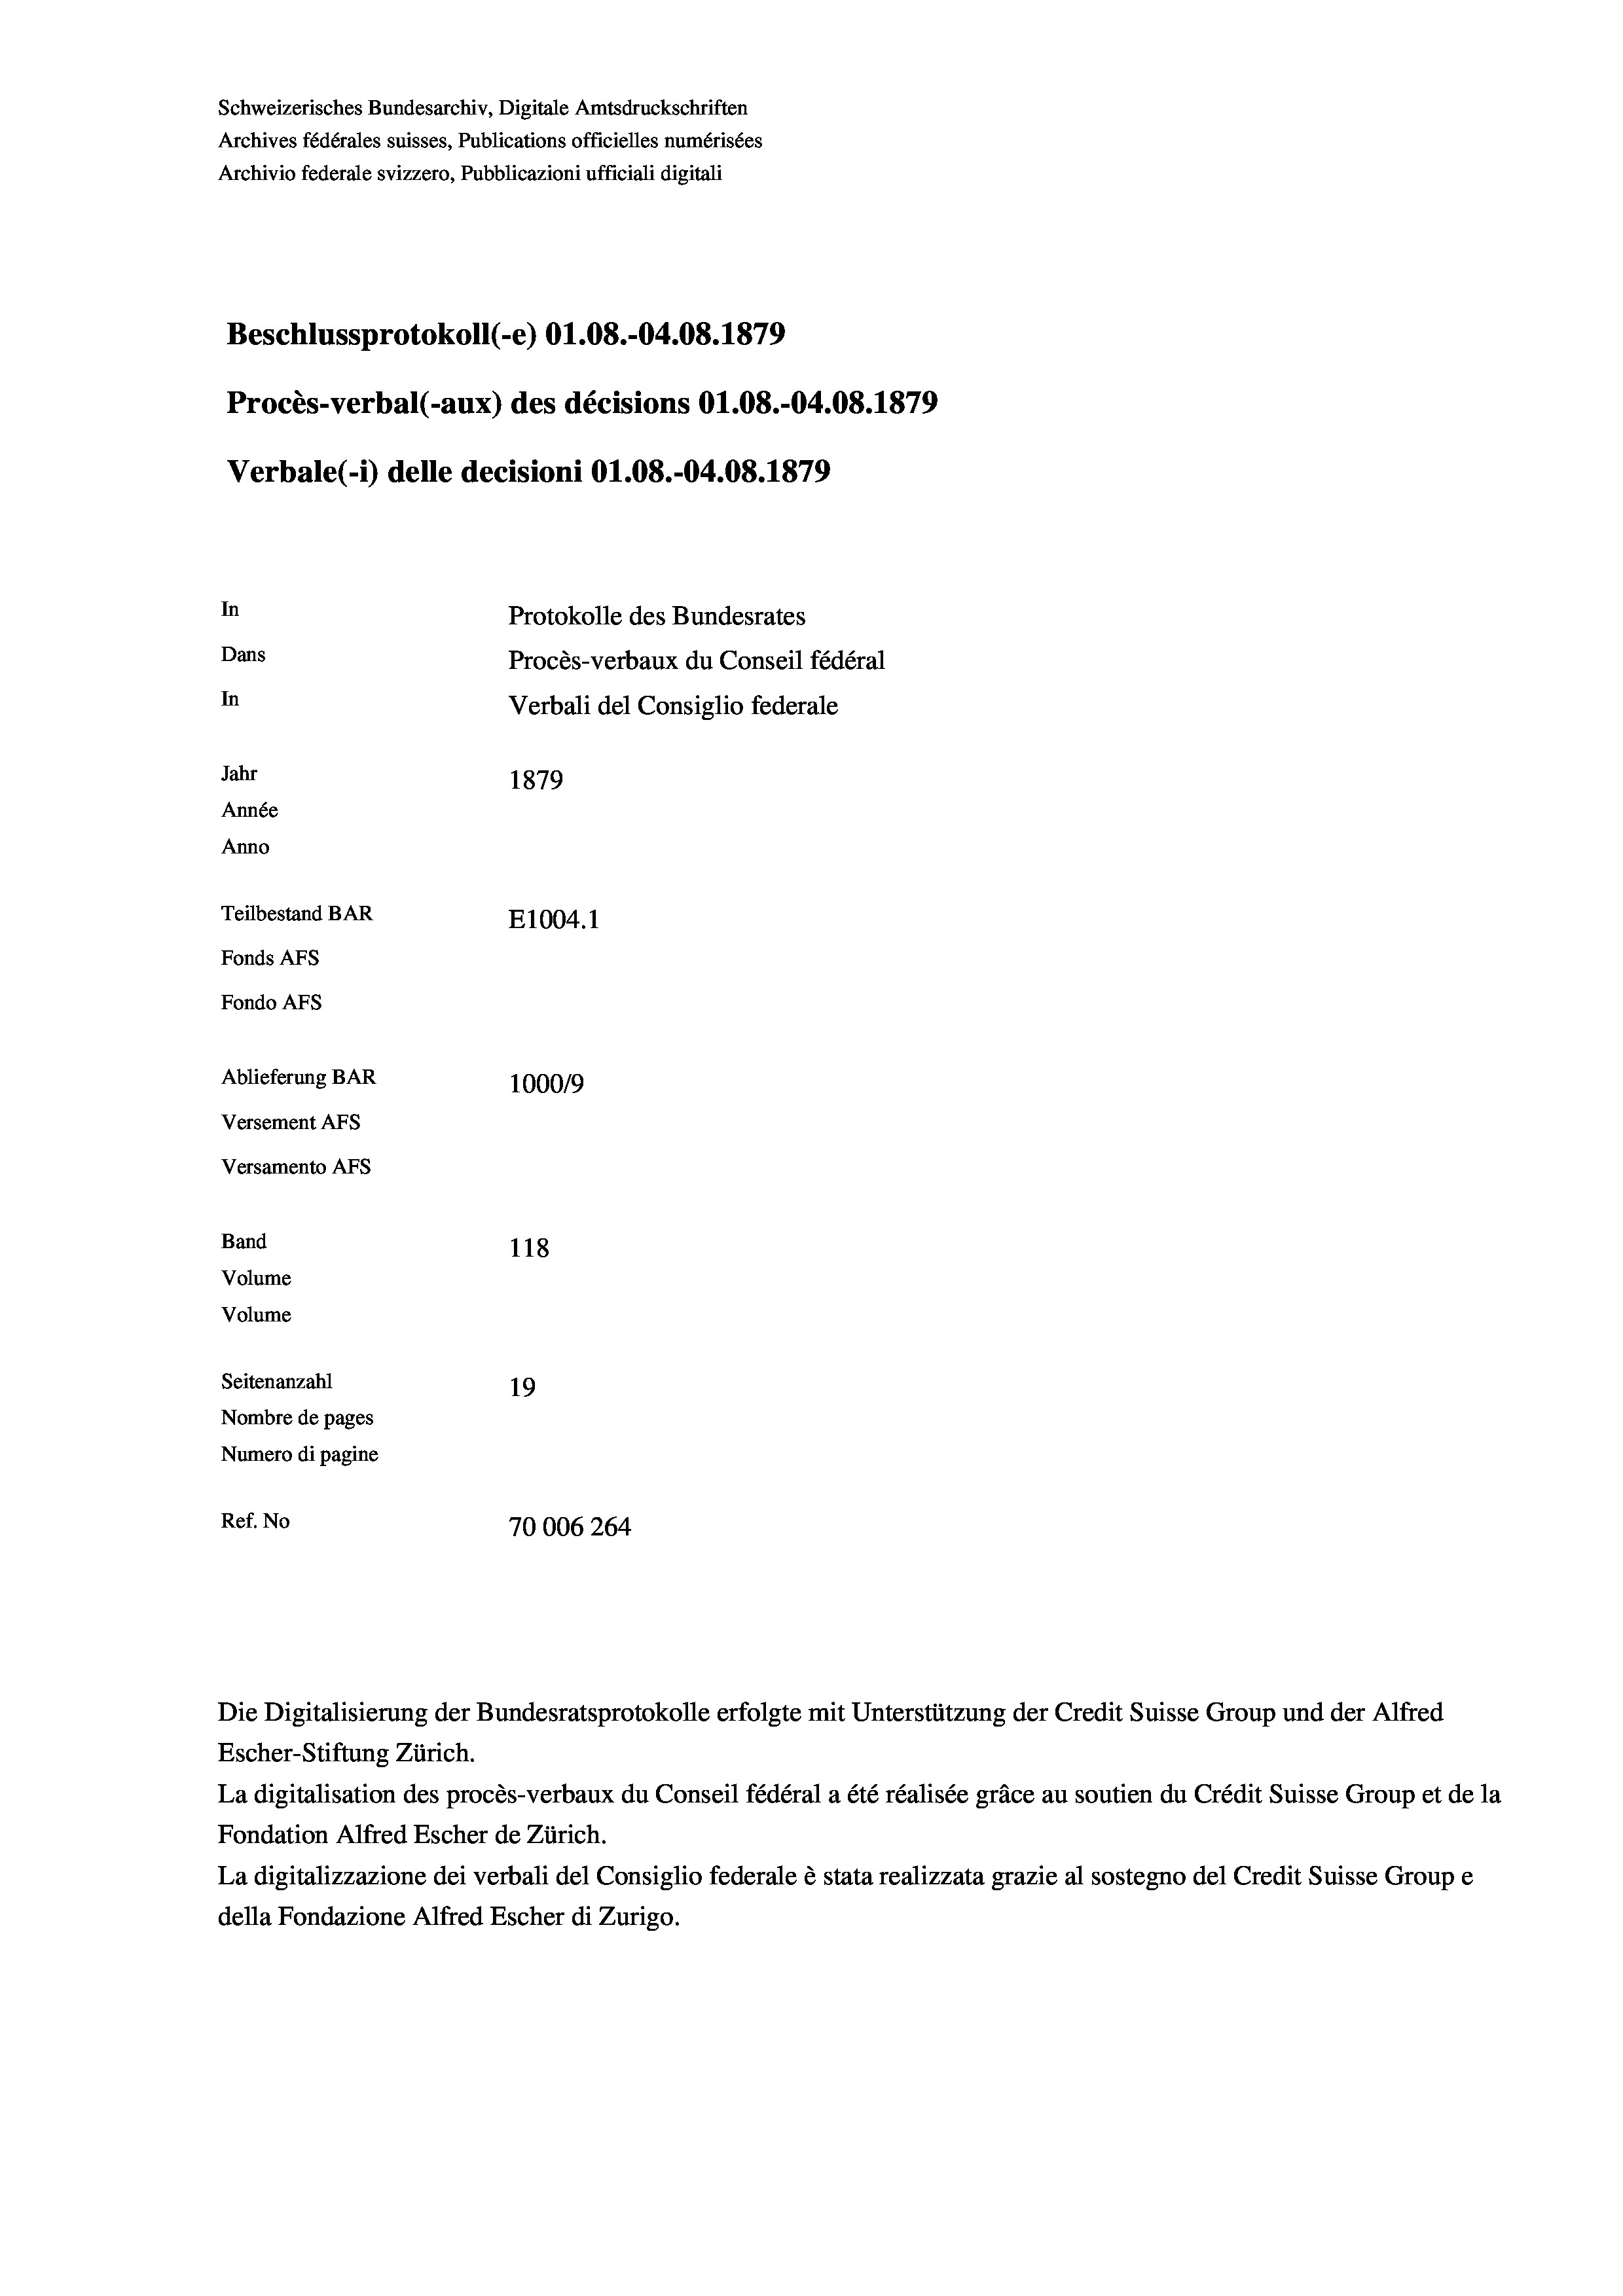
Schweizerisches Bundesarchiv, Digitale Amtsdruckschriften
Archives fédérales suisses, Publications officielles numérisées
Archivio federale svizzero, Pubblicazioni ufficiali digitali
Beschlussprotokoll (-e) O1.08.-04.08. 1879
Procès-verbal (-aux) des décisions O1.08.-04.08. 1879
Verbale (1) delle decisioni O1.08.-04.08. 1879
In
Protokolle des Bundesrates
Dans
Procès-verbaux du Conseil fédéral
In
Verbali del Consiglio federale
Jahr
1879
Année
Anno
Teilbestand BAR
E1004.1
Fonds AFs
Fondo AFS
Ablieferung BAR
100019
Versement AFs
Versamento Afs
Band
118
Volume
Volume
Seitenanzahl
19
Nombre de pages
Numero di pagine
Ref. No
70006 264

Die Digitalisierung der Bundesratsprotokolle erfolgte mit Unterstützung der Credit Suisse Group und der Alfred
Escher-Stiftung Zürich.
La digitalisation des procès-verbaux du Conseil fédéral a été réalisée gräce au soutien du Crédit Suisse Group et de la
Fondation Alfred Escher de Zürich.
La digitalizzazione dei verbali del Consiglio federale è stata realizzata grazie al sostegno del Credit Suisse Groupe
della Fondazione Alfred Escher di Zurigo.